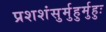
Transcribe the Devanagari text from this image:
प्रशशंसुर्मुहुर्मुहुः